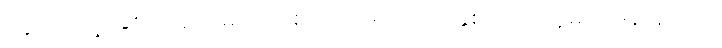
ကြွယ်ဝတဲ့အစားအစာများကို စားသုံးဖို့မကြိုက်နှစ်သက်သူများ ဒါမှမဟုတ်